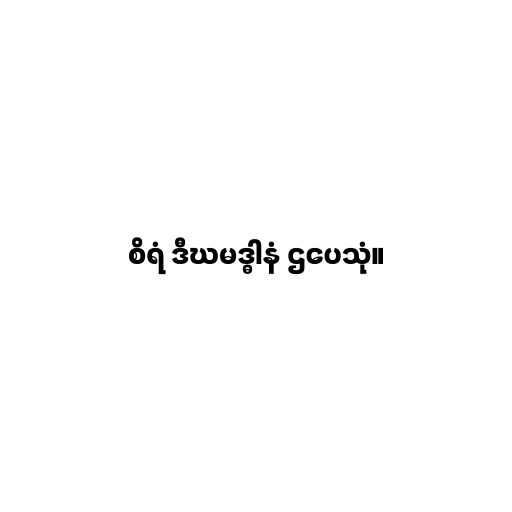
စိရံ ဒီဃမဒ္ဓါနံ ဌပေသုံ။